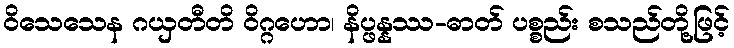
ဝိသေသေန ဂယှတီတိ ဝိဂ္ဂဟော၊ နိပ္ဖန္နဿ-ဓာတ် ပစ္စည်း စသည်တို့ဖြင့်